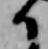
か